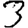
Digit: 3